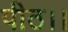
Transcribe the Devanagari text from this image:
पीठ।।